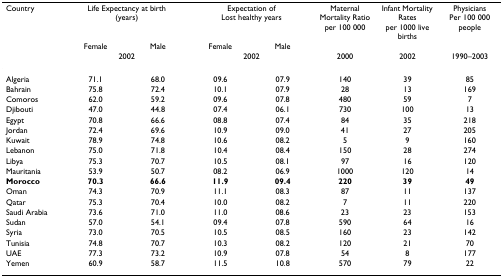
<table><thead><tr><td><b>Country</b></td><td colspan="2"><b>Life Expectancy at birth (years)</b></td><td colspan="2"><b>Expectation of Lost healthy years</b></td><td><b>Maternal Mortality Ratio per 100 000</b></td><td><b>Infant Mortality Rates per 1000 live births</b></td><td><b>Physicians Per 100 000 people</b></td></tr><tr><td></td><td><b>Female</b></td><td><b>Male</b></td><td><b>Female</b></td><td><b>Male</b></td><td></td><td></td><td></td></tr><tr><td></td><td colspan="2"><b>2002</b></td><td colspan="2"><b>2002</b></td><td><b>2000</b></td><td><b>2002</b></td><td><b>1990–2003</b></td></tr></thead><tbody><tr><td>Algeria</td><td>71.1</td><td>68.0</td><td>09.6</td><td>07.9</td><td>140</td><td>39</td><td>85</td></tr><tr><td>Bahrain</td><td>75.8</td><td>72.4</td><td>10.1</td><td>07.9</td><td>28</td><td>13</td><td>169</td></tr><tr><td>Comoros</td><td>62.0</td><td>59.2</td><td>09.6</td><td>07.8</td><td>480</td><td>59</td><td>7</td></tr><tr><td>Djibouti</td><td>47.0</td><td>44.8</td><td>07.4</td><td>06.1</td><td>730</td><td>100</td><td>13</td></tr><tr><td>Egypt</td><td>70.8</td><td>66.6</td><td>08.8</td><td>07.4</td><td>84</td><td>35</td><td>218</td></tr><tr><td>Jordan</td><td>72.4</td><td>69.6</td><td>10.9</td><td>09.0</td><td>41</td><td>27</td><td>205</td></tr><tr><td>Kuwait</td><td>78.9</td><td>74.8</td><td>10.6</td><td>08.2</td><td>5</td><td>9</td><td>160</td></tr><tr><td>Lebanon</td><td>75.0</td><td>71.8</td><td>10.4</td><td>08.4</td><td>150</td><td>28</td><td>274</td></tr><tr><td>Libya</td><td>75.3</td><td>70.7</td><td>10.5</td><td>08.1</td><td>97</td><td>16</td><td>120</td></tr><tr><td>Mauritania</td><td>53.9</td><td>50.7</td><td>08.2</td><td>06.9</td><td>1000</td><td>120</td><td>14</td></tr><tr><td><b>Morocco</b></td><td><b>70.3</b></td><td><b>66.6</b></td><td><b>11.9</b></td><td><b>09.4</b></td><td><b>220</b></td><td><b>39</b></td><td><b>49</b></td></tr><tr><td>Oman</td><td>74.3</td><td>70.9</td><td>11.1</td><td>08.3</td><td>87</td><td>11</td><td>137</td></tr><tr><td>Qatar</td><td>75.3</td><td>70.4</td><td>10.0</td><td>08.2</td><td>7</td><td>11</td><td>220</td></tr><tr><td>Saudi Arabia</td><td>73.6</td><td>71.0</td><td>11.0</td><td>08.6</td><td>23</td><td>23</td><td>153</td></tr><tr><td>Sudan</td><td>57.0</td><td>54.1</td><td>09.4</td><td>07.8</td><td>590</td><td>64</td><td>16</td></tr><tr><td>Syria</td><td>73.0</td><td>70.5</td><td>10.5</td><td>08.5</td><td>160</td><td>23</td><td>142</td></tr><tr><td>Tunisia</td><td>74.8</td><td>70.7</td><td>10.3</td><td>08.2</td><td>120</td><td>21</td><td>70</td></tr><tr><td>UAE</td><td>77.3</td><td>73.2</td><td>10.9</td><td>07.8</td><td>54</td><td>8</td><td>177</td></tr><tr><td>Yemen</td><td>60.9</td><td>58.7</td><td>11.5</td><td>10.8</td><td>570</td><td>79</td><td>22</td></tr></tbody></table>